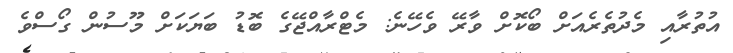
އުތުރާއި މެދުތެރެއަށް ބޯކޮށް ވާރޭ ވެހޭނެ: މެޓްރާއްޖޭގެ ބޮޑު ބަޔަކަށް މޫސުން ގޯސްވެ